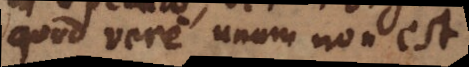
quod vere unum non est.